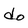
Character: d